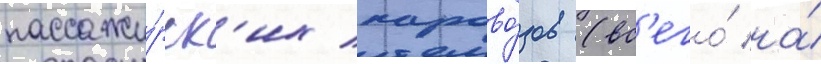
пассажи́рск'их парово́зов (вс'его́ на́